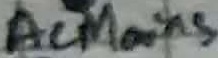
Text: ACMains